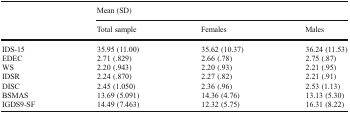
| <ROWSPAN=2>  | <COLSPAN=3> Mean (SD) |
 | Total sample | Females | Males |
 | --- | --- | --- | --- |
 | IDS-15 | 35.95 (11.00) | 35.62 (10.37) | 36.24 (11.53) |
 | EDEC | 2.71 (.829) | 2.66 (.78) | 2.75 (.87) |
 | WS | 2.20 (.943) | 2.20 (.93) | 2.21 (.95) |
 | IDSR | 2.24 (.870) | 2.27 (.82) | 2.21 (.91) |
 | DISC | 2.45 (1.050) | 2.36 (.96) | 2.53 (1.13) |
 | BSMAS | 13.69 (5.091) | 14.36 (4.76) | 13.13 (5.30) |
 | IGDS9-SF | 14.49 (7.463) | 12.32 (5.75) | 16.31 (8.22) |